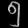
Digit: ၅